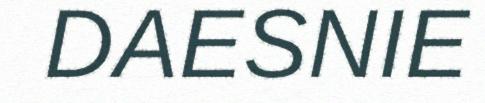
DAESNIE